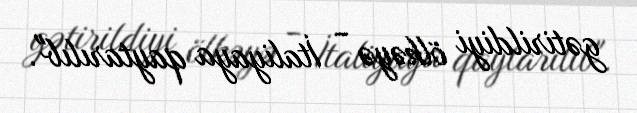
gətirildiyi ölkəyə - İtaliyaya qaytarılıb".